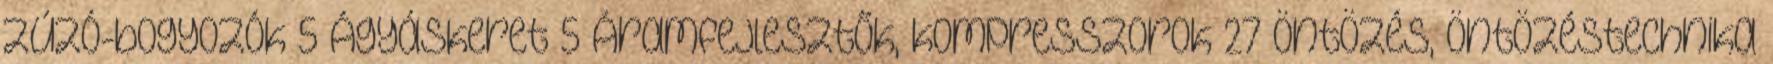
Zúzó-bogyozók 5 Ágyáskeret 5 Áramfejlesztők, kompresszorok 27 Öntözés, Öntözéstechnika